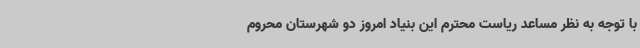
با توجه به نظر مساعد ریاست محترم این بنیاد امروز دو شهرستان محروم